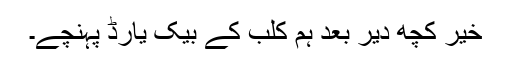
خیر کچھ دیر بعد ہم کلب کے بیک یارڈ پہنچے۔